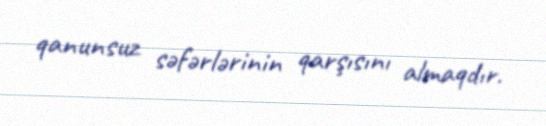
qanunsuz səfərlərinin qarşısını almaqdır.